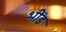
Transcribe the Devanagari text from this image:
भीँड